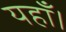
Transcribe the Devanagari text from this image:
यहाँ।